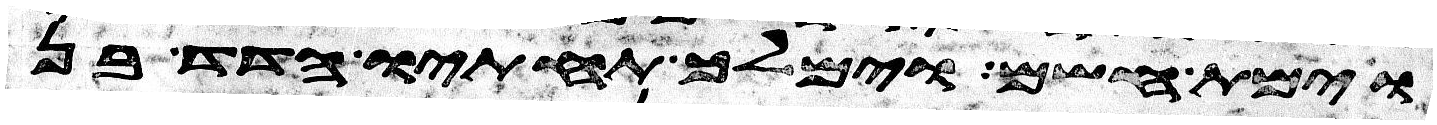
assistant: וימת חשם וימלך תחתיו הדד בן